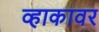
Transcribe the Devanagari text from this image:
व्हाकावर